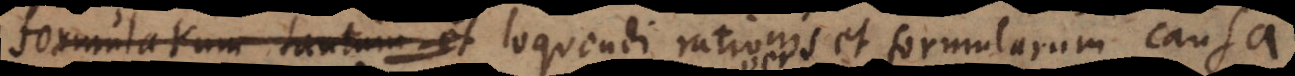
formularum tantum et loquendi rationis et formularum causa